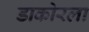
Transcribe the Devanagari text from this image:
डाकोरला